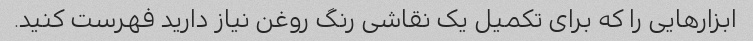
ابزارهایی را که برای تکمیل یک نقاشی رنگ روغن نیاز دارید فهرست کنید.